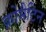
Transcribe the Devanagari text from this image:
क्रोमैटिन